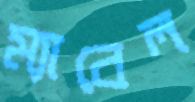
ম্যাবেল